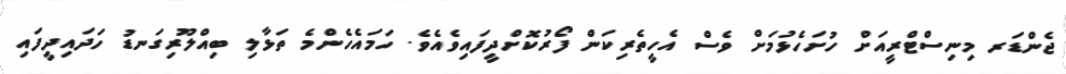
ޖެންޑަރ މިނިސްޓްރީއަށް ހުށަހެޅުމަށް ވެސް އެހީތެރިކަން ފޯރުކޮށްދީފައިވެއެވެ. ހަމައެހެންމެ ތަޅާލި ބިއްލޫރިގަނޑު ހަދައިދީފައި